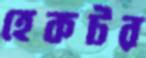
হেকটর